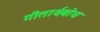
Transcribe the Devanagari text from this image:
गीतार्थबोध